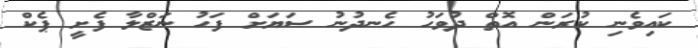
ކައިވެނި ކުރަން އޮތް ދުވަހު ހެނދުނު ސަޔަށް ފަހު ނަޒްލާ ފެށީ ޕެކް